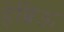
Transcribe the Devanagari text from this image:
हेब्रिऊ